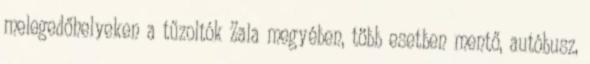
melegedőhelyeken a tűzoltók Zala megyében, több esetben mentő, autóbusz,